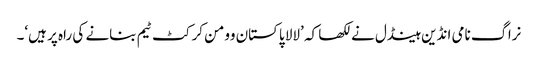
نراگ نامی انڈین ہینڈل نے لکھا کہ ’لالا پاکستان وومن کرکٹ ٹیم بنانے کی راہ پر ہیں‘۔